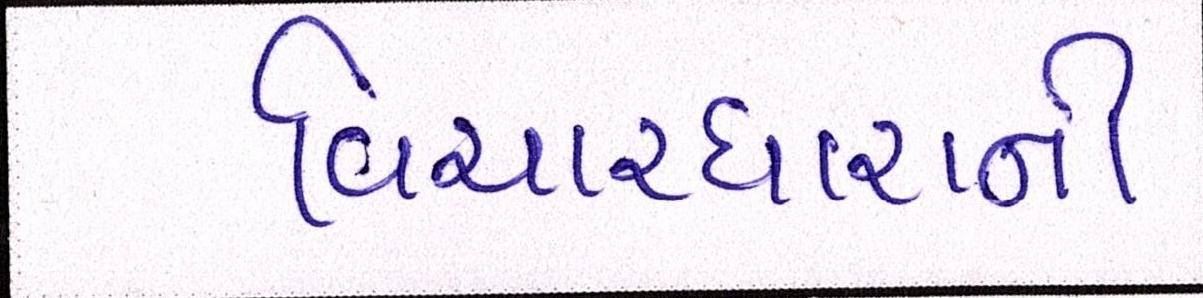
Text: વિચારધારાની